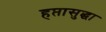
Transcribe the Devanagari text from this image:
हप्तासुद्धा